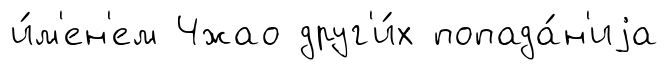
и́м'ен'ем Чжао друг'и́х попада́н'иjа